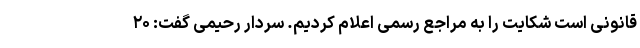
قانونی است شکایت را به مراجع رسمی اعلام کردیم. سردار رحیمی گفت: ۲۰